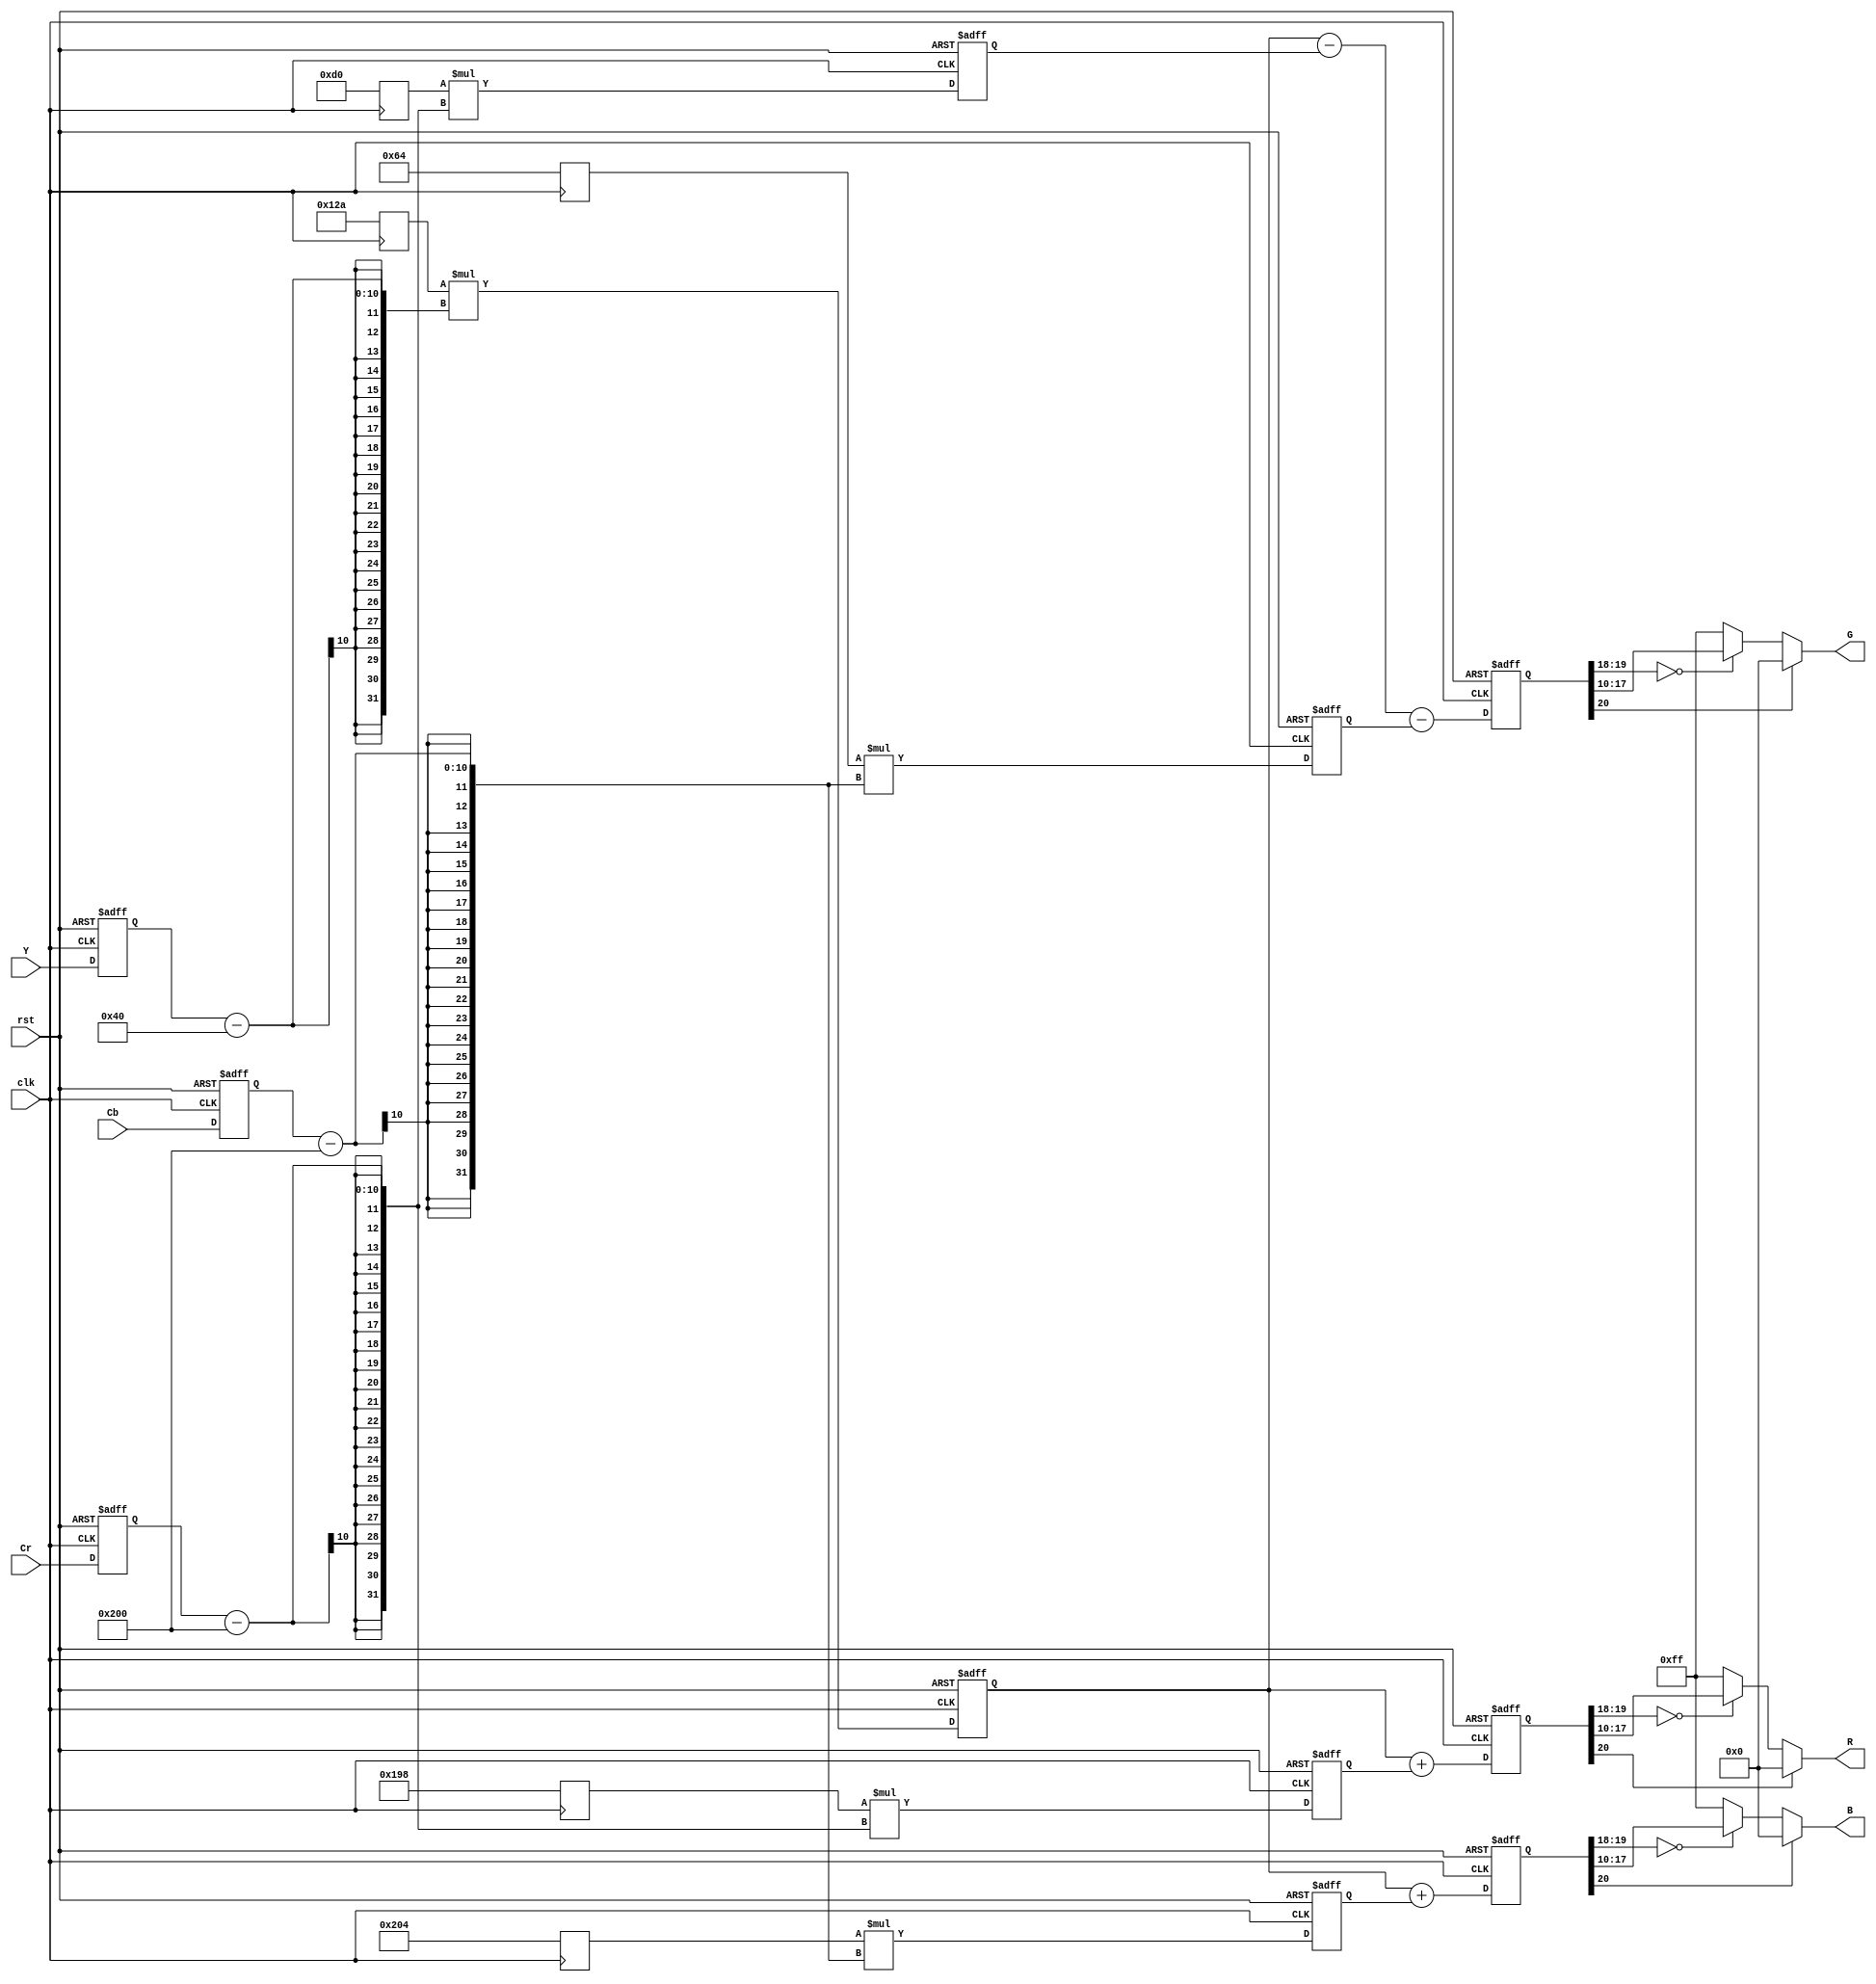
module ycrcb2rgb ( R, G, B, clk, rst, Y, Cr, Cb );

output [7:0]  R, G, B;

input clk,rst;
input[9:0] Y, Cr, Cb;

wire [7:0] R,G,B;
reg [20:0] R_int,G_int,B_int,X_int,A_int,B1_int,B2_int,C_int; 
reg [9:0] const1,const2,const3,const4,const5;
reg[9:0] Y_reg, Cr_reg, Cb_reg;
 
//registering constants
always @ (posedge clk)
begin
 const1 = 10'b 0100101010; //1.164 = 01.00101010
 const2 = 10'b 0110011000; //1.596 = 01.10011000
 const3 = 10'b 0011010000; //0.813 = 00.11010000
 const4 = 10'b 0001100100; //0.392 = 00.01100100
 const5 = 10'b 1000000100; //2.017 = 10.00000100
end

always @ (posedge clk or posedge rst)
   if (rst)
      begin
      Y_reg <= 0; Cr_reg <= 0; Cb_reg <= 0;
      end
   else  
      begin
	  Y_reg <= Y; Cr_reg <= Cr; Cb_reg <= Cb;
      end

always @ (posedge clk or posedge rst)
   if (rst)
      begin
       A_int <= 0; B1_int <= 0; B2_int <= 0; C_int <= 0; X_int <= 0;
      end
   else  
     begin
     X_int <= (const1 * (Y_reg - 'd64)) ;
     A_int <= (const2 * (Cr_reg - 'd512));
     B1_int <= (const3 * (Cr_reg - 'd512));
     B2_int <= (const4 * (Cb_reg - 'd512));
     C_int <= (const5 * (Cb_reg - 'd512));
     end

always @ (posedge clk or posedge rst)
   if (rst)
      begin
       R_int <= 0; G_int <= 0; B_int <= 0;
      end
   else  
     begin
     R_int <= X_int + A_int;  
     G_int <= X_int - B1_int - B2_int; 
     B_int <= X_int + C_int; 
     end
	 


/*always @ (posedge clk or posedge rst)
   if (rst)
      begin
       R_int <= 0; G_int <= 0; B_int <= 0;
      end
   else  
     begin
     X_int <= (const1 * (Y_reg - 'd64)) ;
     R_int <= X_int + (const2 * (Cr_reg - 'd512));  
     G_int <= X_int - (const3 * (Cr_reg - 'd512)) - (const4 * (Cb_reg - 'd512)); 
     B_int <= X_int + (const5 * (Cb_reg - 'd512)); 
     end

*/
/* limit output to 0 - 4095, <0 equals o and >4095 equals 4095 */
assign R = (R_int[20]) ? 0 : (R_int[19:18] == 2'b0) ? R_int[17:10] : 8'b11111111;
assign G = (G_int[20]) ? 0 : (G_int[19:18] == 2'b0) ? G_int[17:10] : 8'b11111111;
assign B = (B_int[20]) ? 0 : (B_int[19:18] == 2'b0) ? B_int[17:10] : 8'b11111111;

endmodule